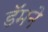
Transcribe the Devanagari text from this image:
डॅमने